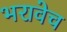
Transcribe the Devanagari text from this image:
भरावेच